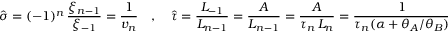
\hat { \sigma } = ( - 1 ) ^ { n } \, \frac { \xi _ { n - 1 } } { \xi _ { - 1 } } = \frac { 1 } { v _ { n } } \quad , \quad \hat { \tau } = \frac { L _ { - 1 } } { L _ { n - 1 } } = \frac { A } { L _ { n - 1 } } = \frac { A } { \tau _ { n } \, L _ { n } } = \frac { 1 } { \tau _ { n } ( \alpha + \theta _ { A } / \theta _ { B } ) } \frac { 1 } { v _ { n } }